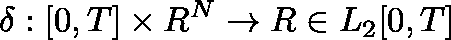
\mathbf { \delta } : [ 0 , T ] \times \mathbb { R } ^ { N } \rightarrow \mathbb { R } \in L _ { 2 } [ 0 , T ]